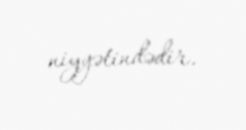
niyyətindədir.